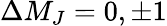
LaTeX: \Delta M_{J}=0,\pm 1